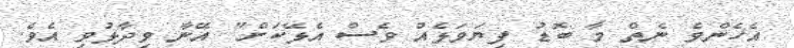
އެހެންވެ ނެތް މާ ބޮޑު ފިޔަވަޅެއް ވެސް އެޅޭކަށް" އޭނާ ވިދާޅުވި އެވެ.